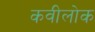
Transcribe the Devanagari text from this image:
कवीलोक